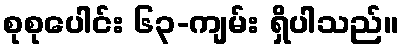
စုစုပေါင်း ၆၃-ကျမ်း ရှိပါသည်။